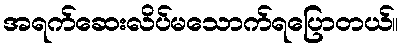
အရက်ဆေးလိပ်မသောက်ရပြောတယ်။